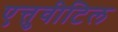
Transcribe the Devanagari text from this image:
एत्तुवीटिल